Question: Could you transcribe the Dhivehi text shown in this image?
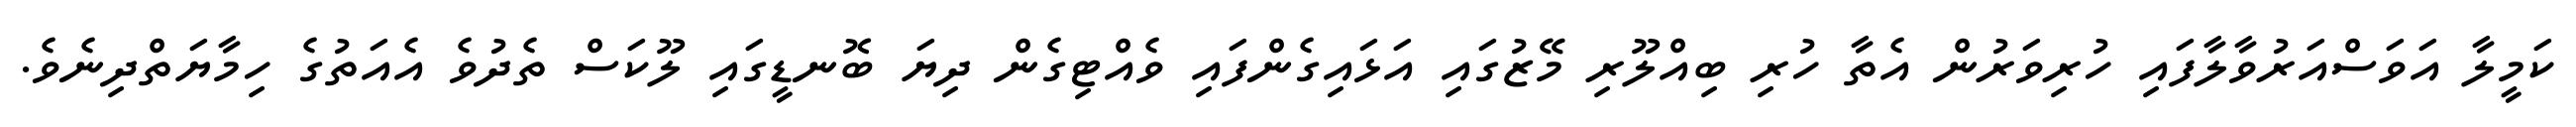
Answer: ކަމީލާ އަވަސްއަރުވާލާފައި ހުރިވަރުން އެތާ ހުރި ބިއްލޫރި މޭޒުގައި އަޅައިގެންފައި ވެއްޓިގެން ދިޔަ ބޮނޑީގައި ލޫކަސް ތެދުވެ އެއަތުގެ ހިމާޔަތްދިނެވެ.